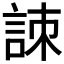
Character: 𧧒